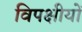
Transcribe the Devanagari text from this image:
विपक्षीयों